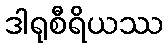
ဒါရုစီရိယဿ